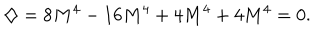
LaTeX: \diamondsuit = 8 M ^ { 4 } - 1 6 M ^ { 4 } + 4 M ^ { 4 } + 4 M ^ { 4 } = 0 .